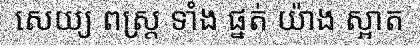
សេយ្យ ពស្ត្រ ទាំង ផ្នត់ យ៉ាង ស្អាត